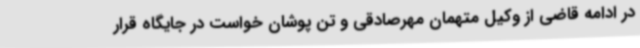
در ادامه قاضی از وکیل متهمان مهرصادقی و تن پوشان خواست در جایگاه قرار